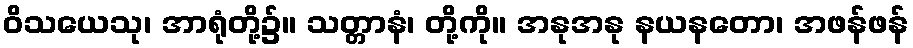
ဝိသယေသု၊ အာရုံတို့၌။ သတ္တာနံ၊ တို့ကို။ အနုအနု နယနတော၊ အဖန်ဖန်